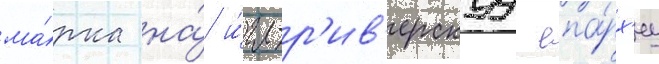
ма́рка на́ и́гл-р'ив'ерскуу епа́рх'иу